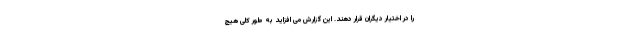
را در اختیار دیگران قرار دهند. این گزارش می افزاید به طور کلی هیچ